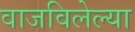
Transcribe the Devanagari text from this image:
वाजविलेल्या